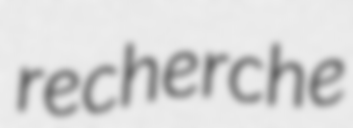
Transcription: recherche